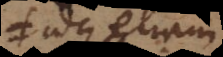
idque etiam